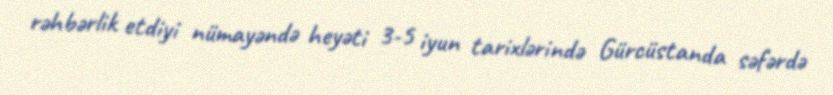
rəhbərlik etdiyi nümayəndə heyəti 3-5 iyun tarixlərində Gürcüstanda səfərdə